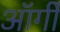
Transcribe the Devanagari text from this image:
ऑर्गी